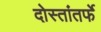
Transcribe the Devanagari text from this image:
दोस्तांतर्फे